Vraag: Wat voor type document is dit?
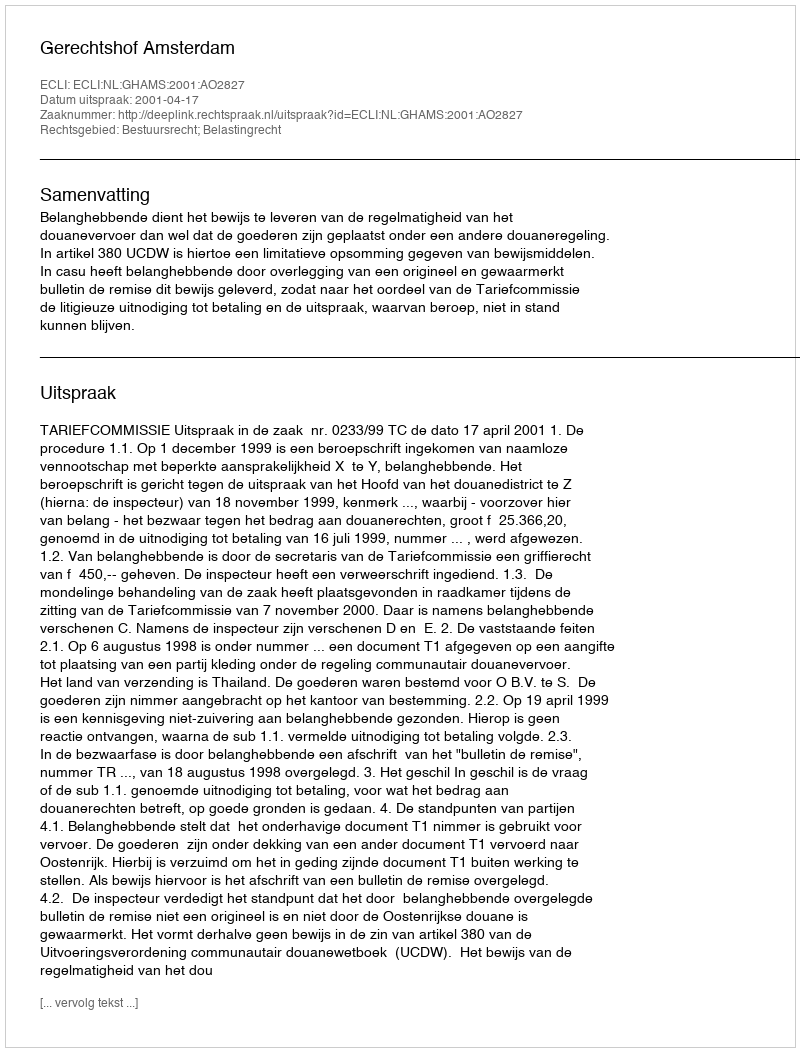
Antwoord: Uitspraak